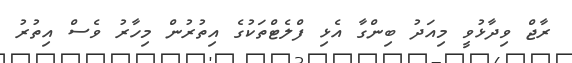
ރާޖް ވިދާޅުވީ މިއަދު ބިންގާ އެޅި ފްލެޓްތަކުގެ އިތުރުން މިހާރު ވެސް އިތުރު